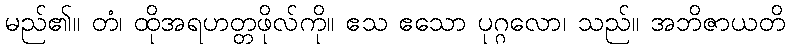
မည်၏။ တံ၊ ထိုအရဟတ္တဖိုလ်ကို။ ဧသ ဧသော ပုဂ္ဂလော၊ သည်။ အဘိဇာယတိ